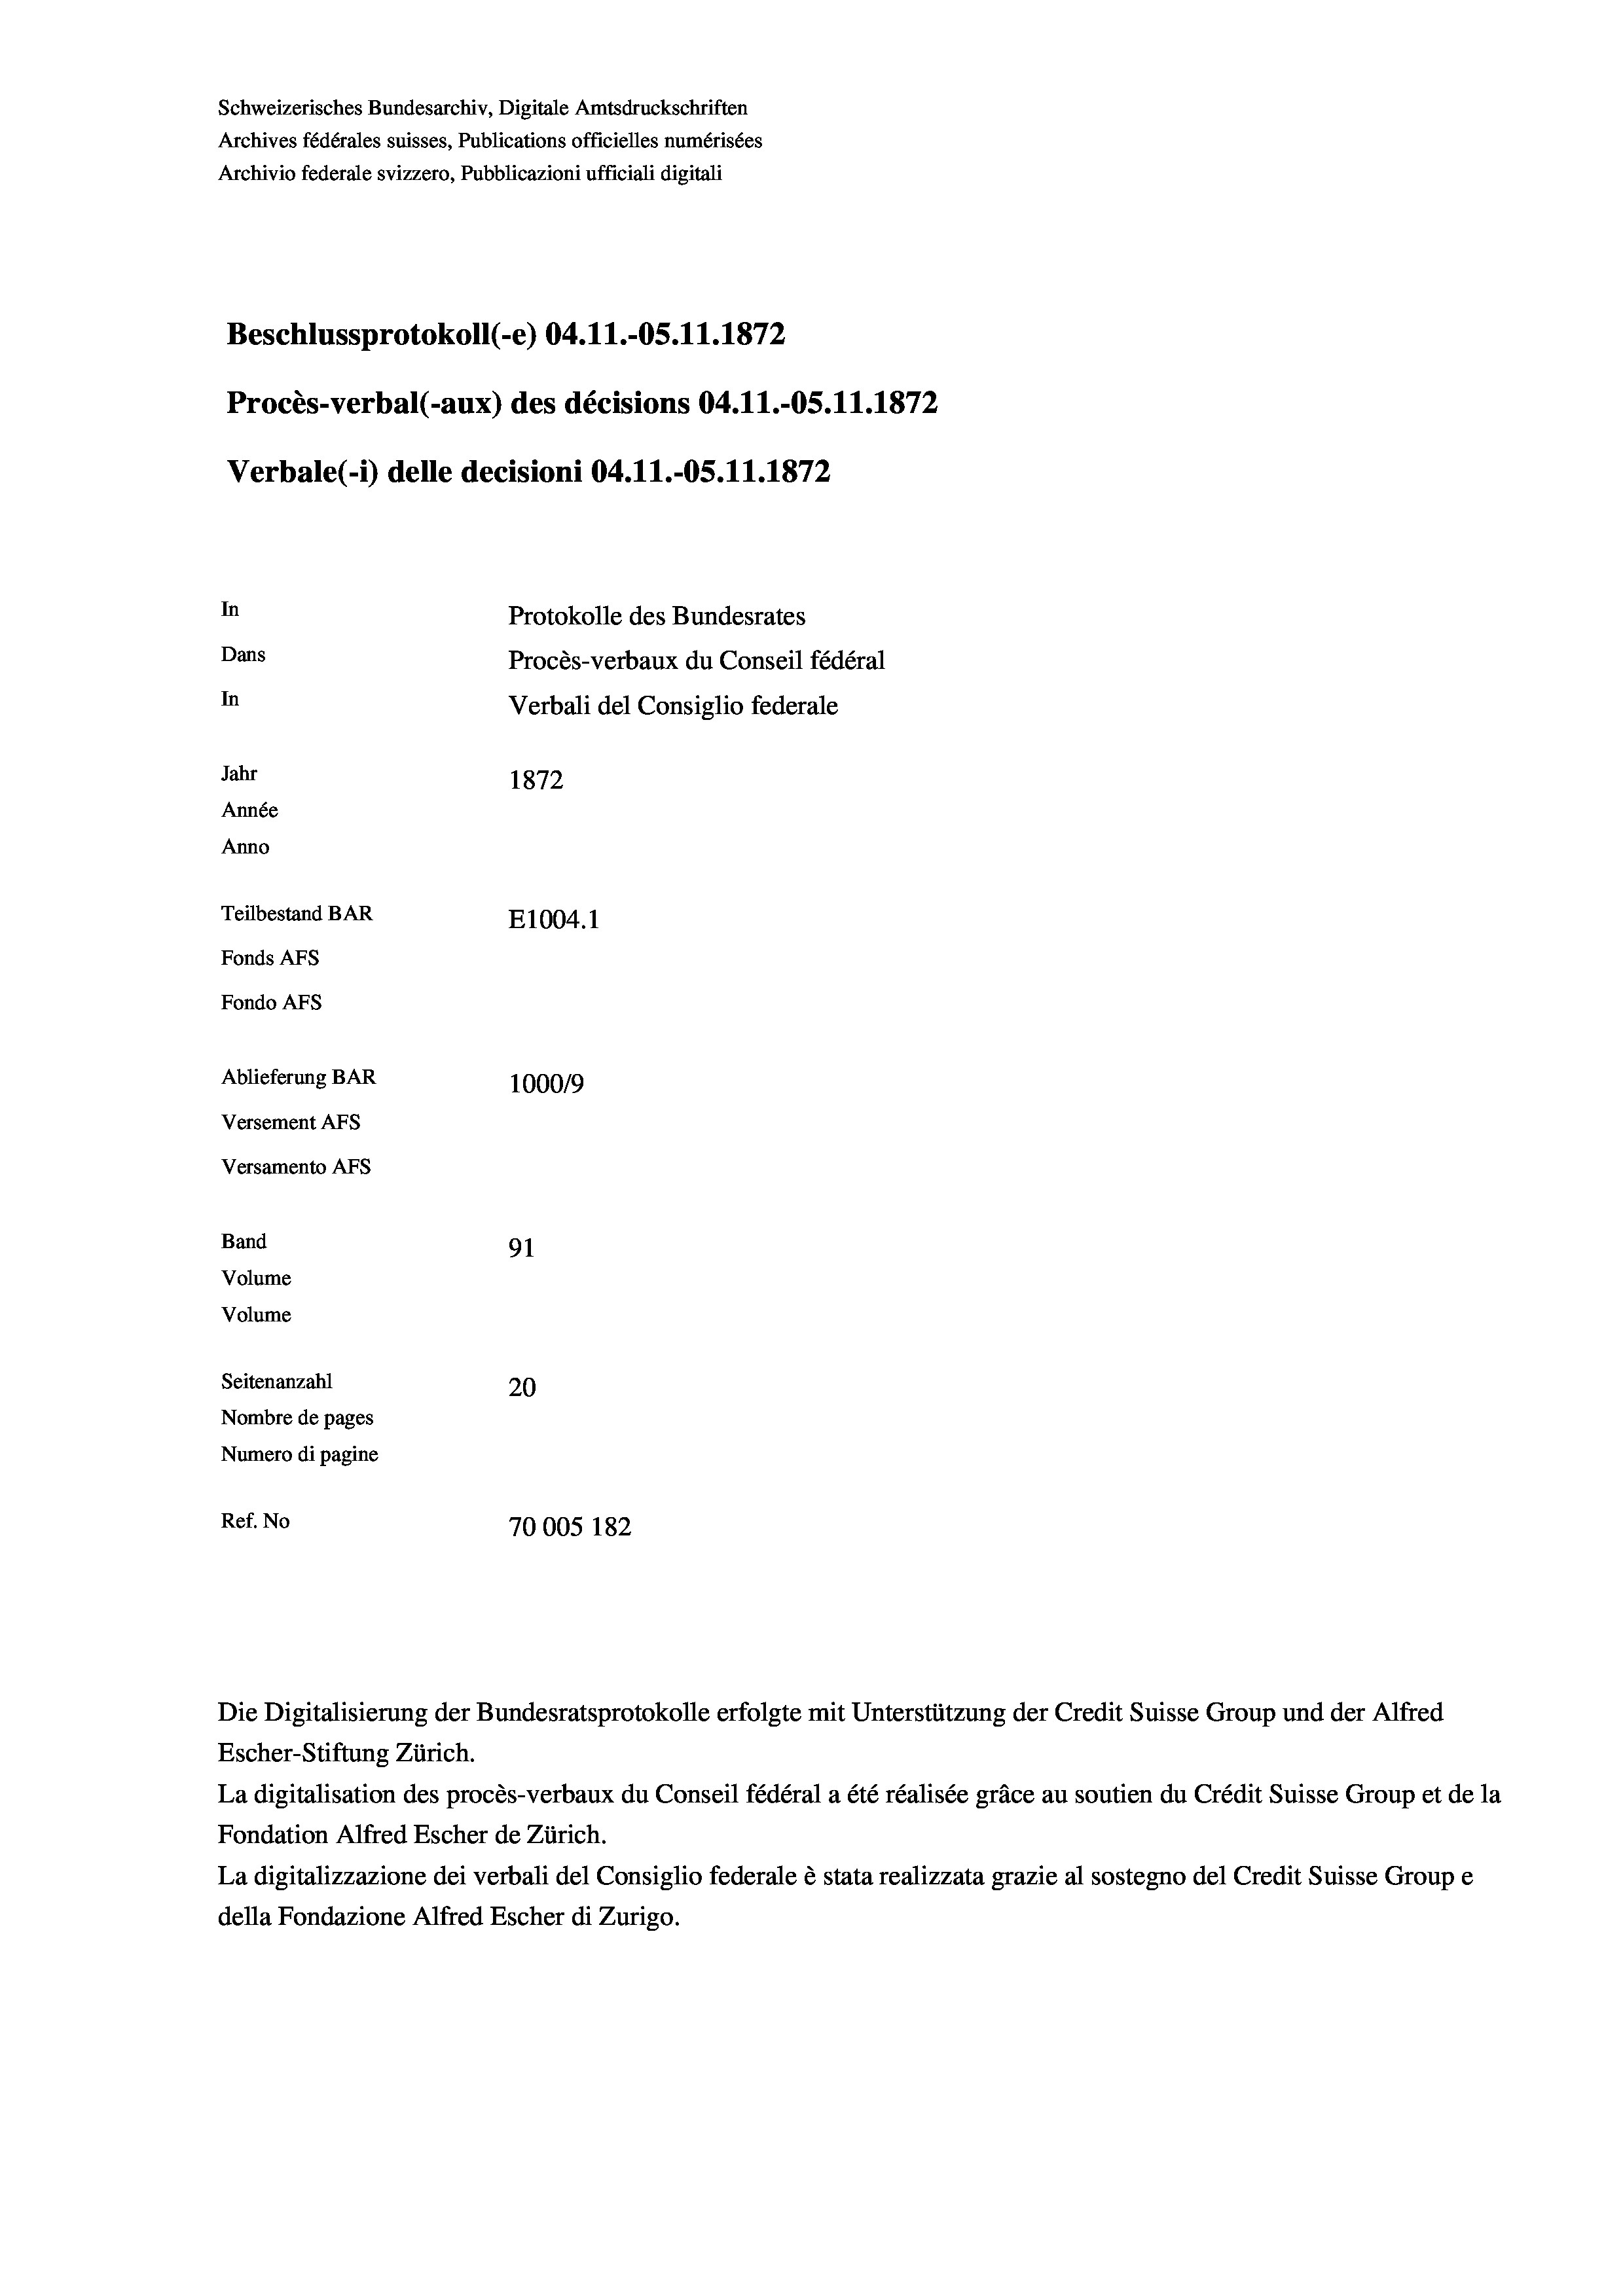
Schweizerisches Bundesarchiv, Digitale Amtsdruckschriften
Archives fédérales suisses, Publications officielles numérisées
Archivio federale svizzero, Pubblicazioni ufficiali digitali
Beschlussprotokoll (-e) 04.11.-OS.11.1872
Procès-verbal (-aux) des décisions 04.11.-OS.11.1872
Verbale (- 1) delle decisioni 04.11.-OS.11.1872
In
Protokolle des Bundesrates
Dans
Procès-verbaux du Conseil fédéral
In
Verbali del Consiglio federale
Jahr
1872
Année
Anno
Teilbestand BAR
E1004. 1
Fonds AFs
Fondo AFS
Ablieferung BAR
100019
Versement AFs
Versamento Afs
Band
91
Volume
Volume
Seitenanzahl
20
Nombre de pages
Numero di pagine
Ref. No
70005 182

Escher-Stiftung Zürich.
La digitalisation des procès-verbaux du Conseil fédéral a été réalisée gräce au soutien du Crédit Suisse Group et de la
Fondation Alfred Escher de Zürich.
La digitalizzazione dei verbali del Consiglio federale è stata realizzata grazie al sostegno del Credit Suisse Groupe
della Fondazione Alfred Escher di Zurigo.

Die Digitalisierung der Bundesratsprotokolle erfolgte mit Unterstützung der Credit Suisse Group und der Alfred